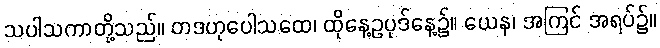
သပါသကာတို့သည်။ တဒဟုပေါသထေ၊ ထိုနေ့ဥပုဒ်နေ့၌။ ယေန၊ အကြင် အရပ်၌။